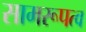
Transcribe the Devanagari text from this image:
सामरूपत्व